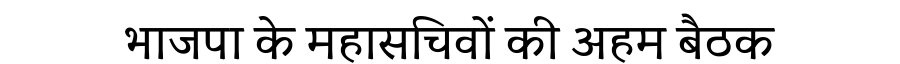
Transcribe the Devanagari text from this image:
भाजपा के महासचिवों की अहम बैठक